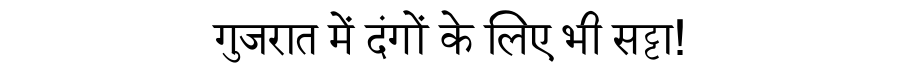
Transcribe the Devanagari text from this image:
गुजरात में दंगों के लिए भी सट्टा!